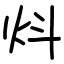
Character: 炓